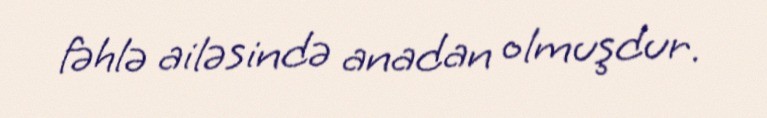
fəhlə ailəsində anadan olmuşdur.